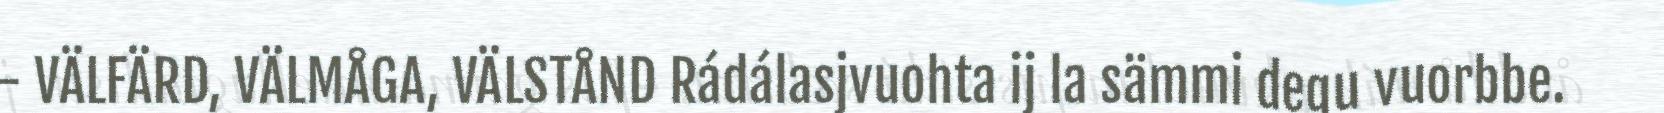
- VÄLFÄRD, VÄLMÅGA, VÄLSTÅND Rádálasjvuohta ij la sämmi degu vuorbbe.